Medical and sanitary report of the native army of Madras for the year
Year: 1872
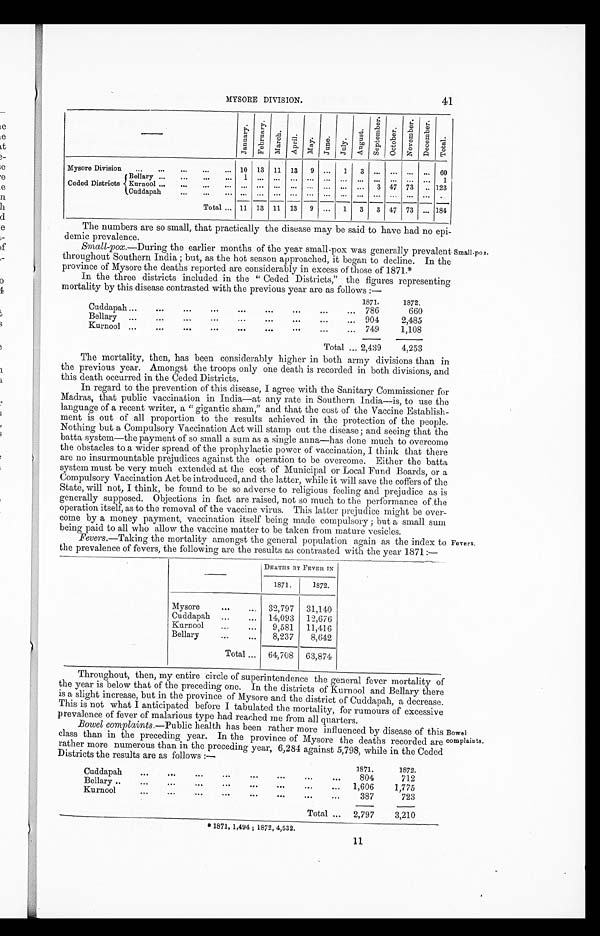
41
MYSORE DIVISION.
— J a n u a r y ,
F e b r u a r y .
M a r c h .
A p r i l .
M a y .
J u n e .
J u l y .
A u g u s t .
S e p t e m b e r .
O c t o b e r .
N o v e m b e r .
D e c e m b e r .
T o t a l .
Mysore Division
...
...
...
...
... 10 13 11 13
9 ...
1
3
. . .
. . .
. . .
. . .
6 0
Ceded Districts
Bellary ...
...
.. .
...
1
. . . . . .
. . .
. . .
. . .
. . .
. . .
. . .
. . .
. . .
. . .
1
Kurnool ...
...
...
. . .
. . . . . .
. . .
. . .
. . .
. . .
. . . 3 47 73 .. 123
Cuddapah
...
...
. . . . . .
. . .
. . .
. . .
. . . . . .
. . .
. . .
. . . ...
. . . ...
. . .
Total ... 11 13 11 13
9 ...
1
3
3 47 73 ... 184
The numbers are so small, that practically the disease may be said to have had no epi-
demic prevalence.
Small-pox.—During the earlier months of the year small-pox was generally prevalent
throughout Southern India ; but, as the hot season approached, it began to decline. In the
province of Mysore the deaths reported are considerably in excess of those of 1871.*
In the three districts included in the " Ceded Districts," the figures representing
mortality by this disease contrasted with the previous year are as follows :—
1871.
1872.
Cuddapah...
...
...
...
...
...
...
...
...
786
660
Bellary ...
...
...
...
...
...
...
...
...
904
2,485
Kurnool ...
...
...
...
...
...
749
1,108
Total ... 2,439
4,253
The mortality, then, has been considerably higher in both army divisions than in
the previous year. Amongst the troops only one death is recorded in both divisions, and
this death occurred in the Ceded Districts.
In regard to the prevention of this disease, I agree with the Sanitary Commissioner for
Madras, that public vaccination in India—at any rate in Southern India—is, to use the
language of a recent writer, a " gigantic sham," and that the cost of the Vaccine Establish-
ment is out of all proportion to the results achieved in the protection of the people.
Nothing but a Compulsory Vaccination Act will stamp out the disease ; and seeing that the
batta system—the payment of so small a sum as a single anna—has done much to overcome
the obstacles to a wider spread of the prophylactic power of vaccination, I think that there
are no insurmountable prejudices against the operation to be overcome. Either the batta
system must be very much extended at the cost of Municipal or Local Fund Boards, or a
Compulsory Vaccination Act be introduced, and the latter, while it will save the coffers of the
State, will not, I think, be found to be so adverse to religious feeling and prejudice as is
generally supposed. Objections in fact are raised, not so much to the performance of the
operation itself, as to the removal of the vaccine virus. This latter prejudice might be over-
come by a money payment, vaccination itself being made compulsory ; but a small sum
being paid to all who allow the vaccine matter to be taken from mature vesicles.
Fevers.—Taking the mortality amongst the general population again as the index to
the prevalence of fevers, the following are the results as contrasted with the year 1871 :—
—
DEATHS BY FEVER IN
1871.
1872.
Mysore
. . .
32,797
31,140
Cuddapah ...
...
14,093
12,676
Kurnool
...
...
9,581
11,416
Bellary
...
...
8,237
8,642
Total ...
64,708
63,874
Throughout, then, my entire circle of superintendence the general fever mortality of
the year is below that of the preceding one. In the districts of Kurnool and Bellary there
is a slight increase, but in the province of Mysore and the district of Cuddapah, a decrease.
This is not what I anticipated before I tabulated the mortality, for rumours of excessive
prevalence of fever of malarious type had reached me from all quarters.
Bowel complaints.—Public health has been rather more influenced by disease of this
class than in the preceding year. In the province of Mysore the deaths recorded are
rather more numerous than in the preceding year, 6,284 against 5,798, while in the Ceded
Districts the results are as follows :—
1871.
1872.
Cuddapah
...
...
...
...
...
...
...
...
804
712
Bellary ..
...
...
...
...
...
...
...
...
1,606
1,775
Kurnool
...
...
...
...
...
...
...
...
387
723
Total ...
2,797
3,210
* 1871, 1,494 ; 1872, 4,532.
Small-pox.
Fevers.
Bowel
complaints.
1 1